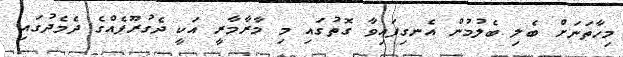
މިހާތަނަށް ބެލި ބެލުމުން އެނގިފައިވާ ގޮތުގައި މި މާރާމާރީ އަކީ ދެގުރޫޕެއްގެ ދެމެދުގައި